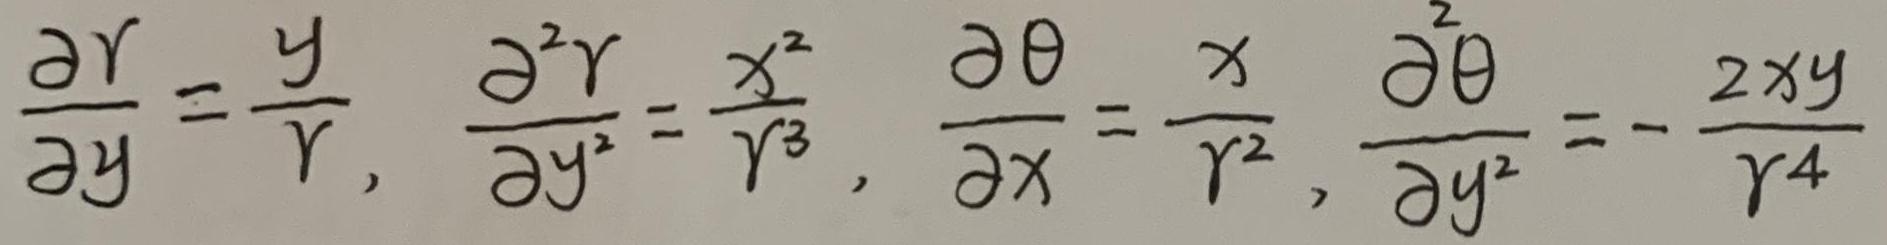
\(\frac{\partial r}{\partial y}=\frac{y}{r},\ \frac{\partial^{2} r}{\partial y^{2}}=\frac{x^{2}}{r^{3}},\ \frac{\partial \theta}{\partial x}=\frac{x}{r^{2}},\ \frac{\partial^{2} \theta}{\partial y^{2}}=-\frac{2xy}{r^{4}}\)